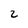
Character: 2